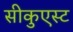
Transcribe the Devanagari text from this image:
सीकुएस्ट